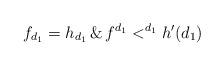
LaTeX: \begin{align*}f_{d_{1}}=h_{d_{1}} \,\&\,f^{d_{1}}<^{d_{1}}h^{\prime}(d_{1})\end{align*}